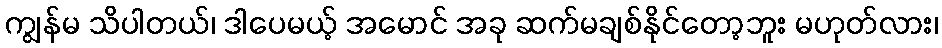
ကျွန်မ သိပါတယ်၊ ဒါပေမယ့် အမောင် အခု ဆက်မချစ်နိုင်တော့ဘူး မဟုတ်လား၊